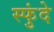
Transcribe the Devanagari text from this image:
स्फुंदे